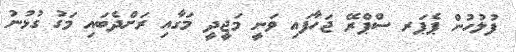
ފުލުހުން ޕެޕަރ ސްޕްރޭ ޖަހާފައި ވަނީ މަޖީދީ މަގާއި ރަށްދެބައި މަގު ގުޅުނު